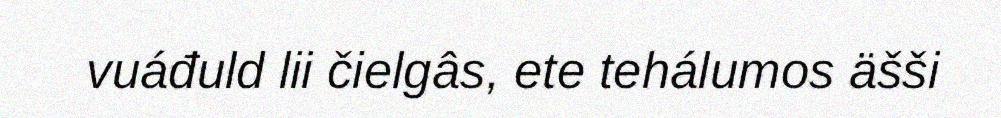
vuáđuld lii čielgâs, ete tehálumos äšši